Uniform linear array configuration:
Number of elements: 32
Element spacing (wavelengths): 1
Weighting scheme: binomial
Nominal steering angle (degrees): -45
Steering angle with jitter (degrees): -44.696
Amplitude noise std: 0.05
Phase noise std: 0.05

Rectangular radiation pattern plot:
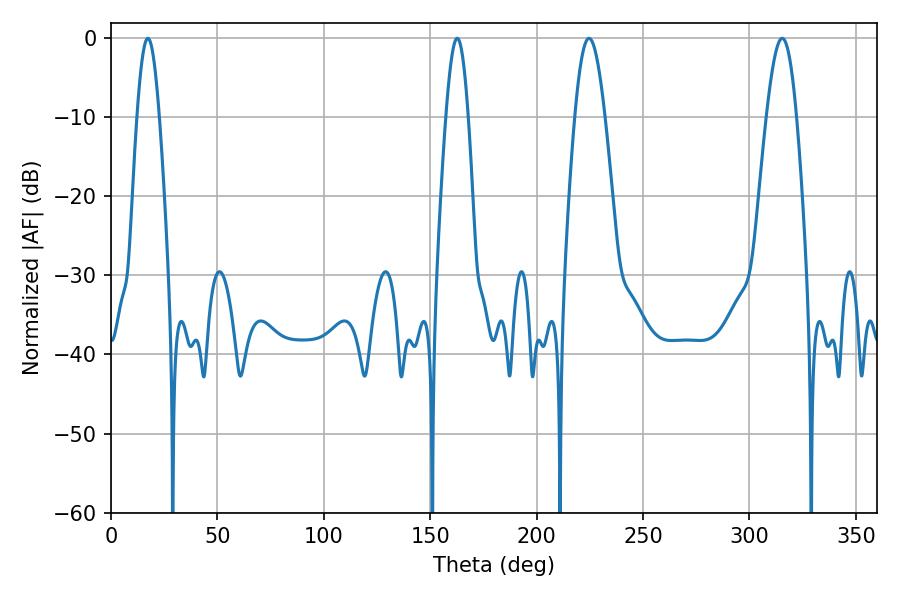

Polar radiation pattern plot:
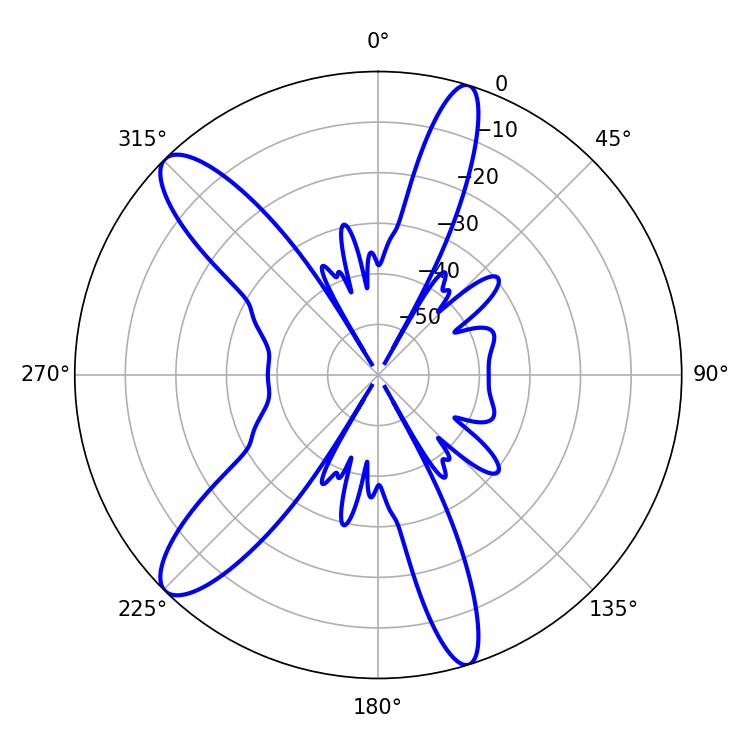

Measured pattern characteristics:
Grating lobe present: TRUE
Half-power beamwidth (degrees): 7.74
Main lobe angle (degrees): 224.64